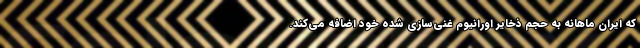
که ایران ماهانه به حجم ذخایر اورانیوم غنی‌سازی شده خود اضافه می‌کند.